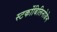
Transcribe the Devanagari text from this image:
स्‍टर्कोबिलिनोजेन